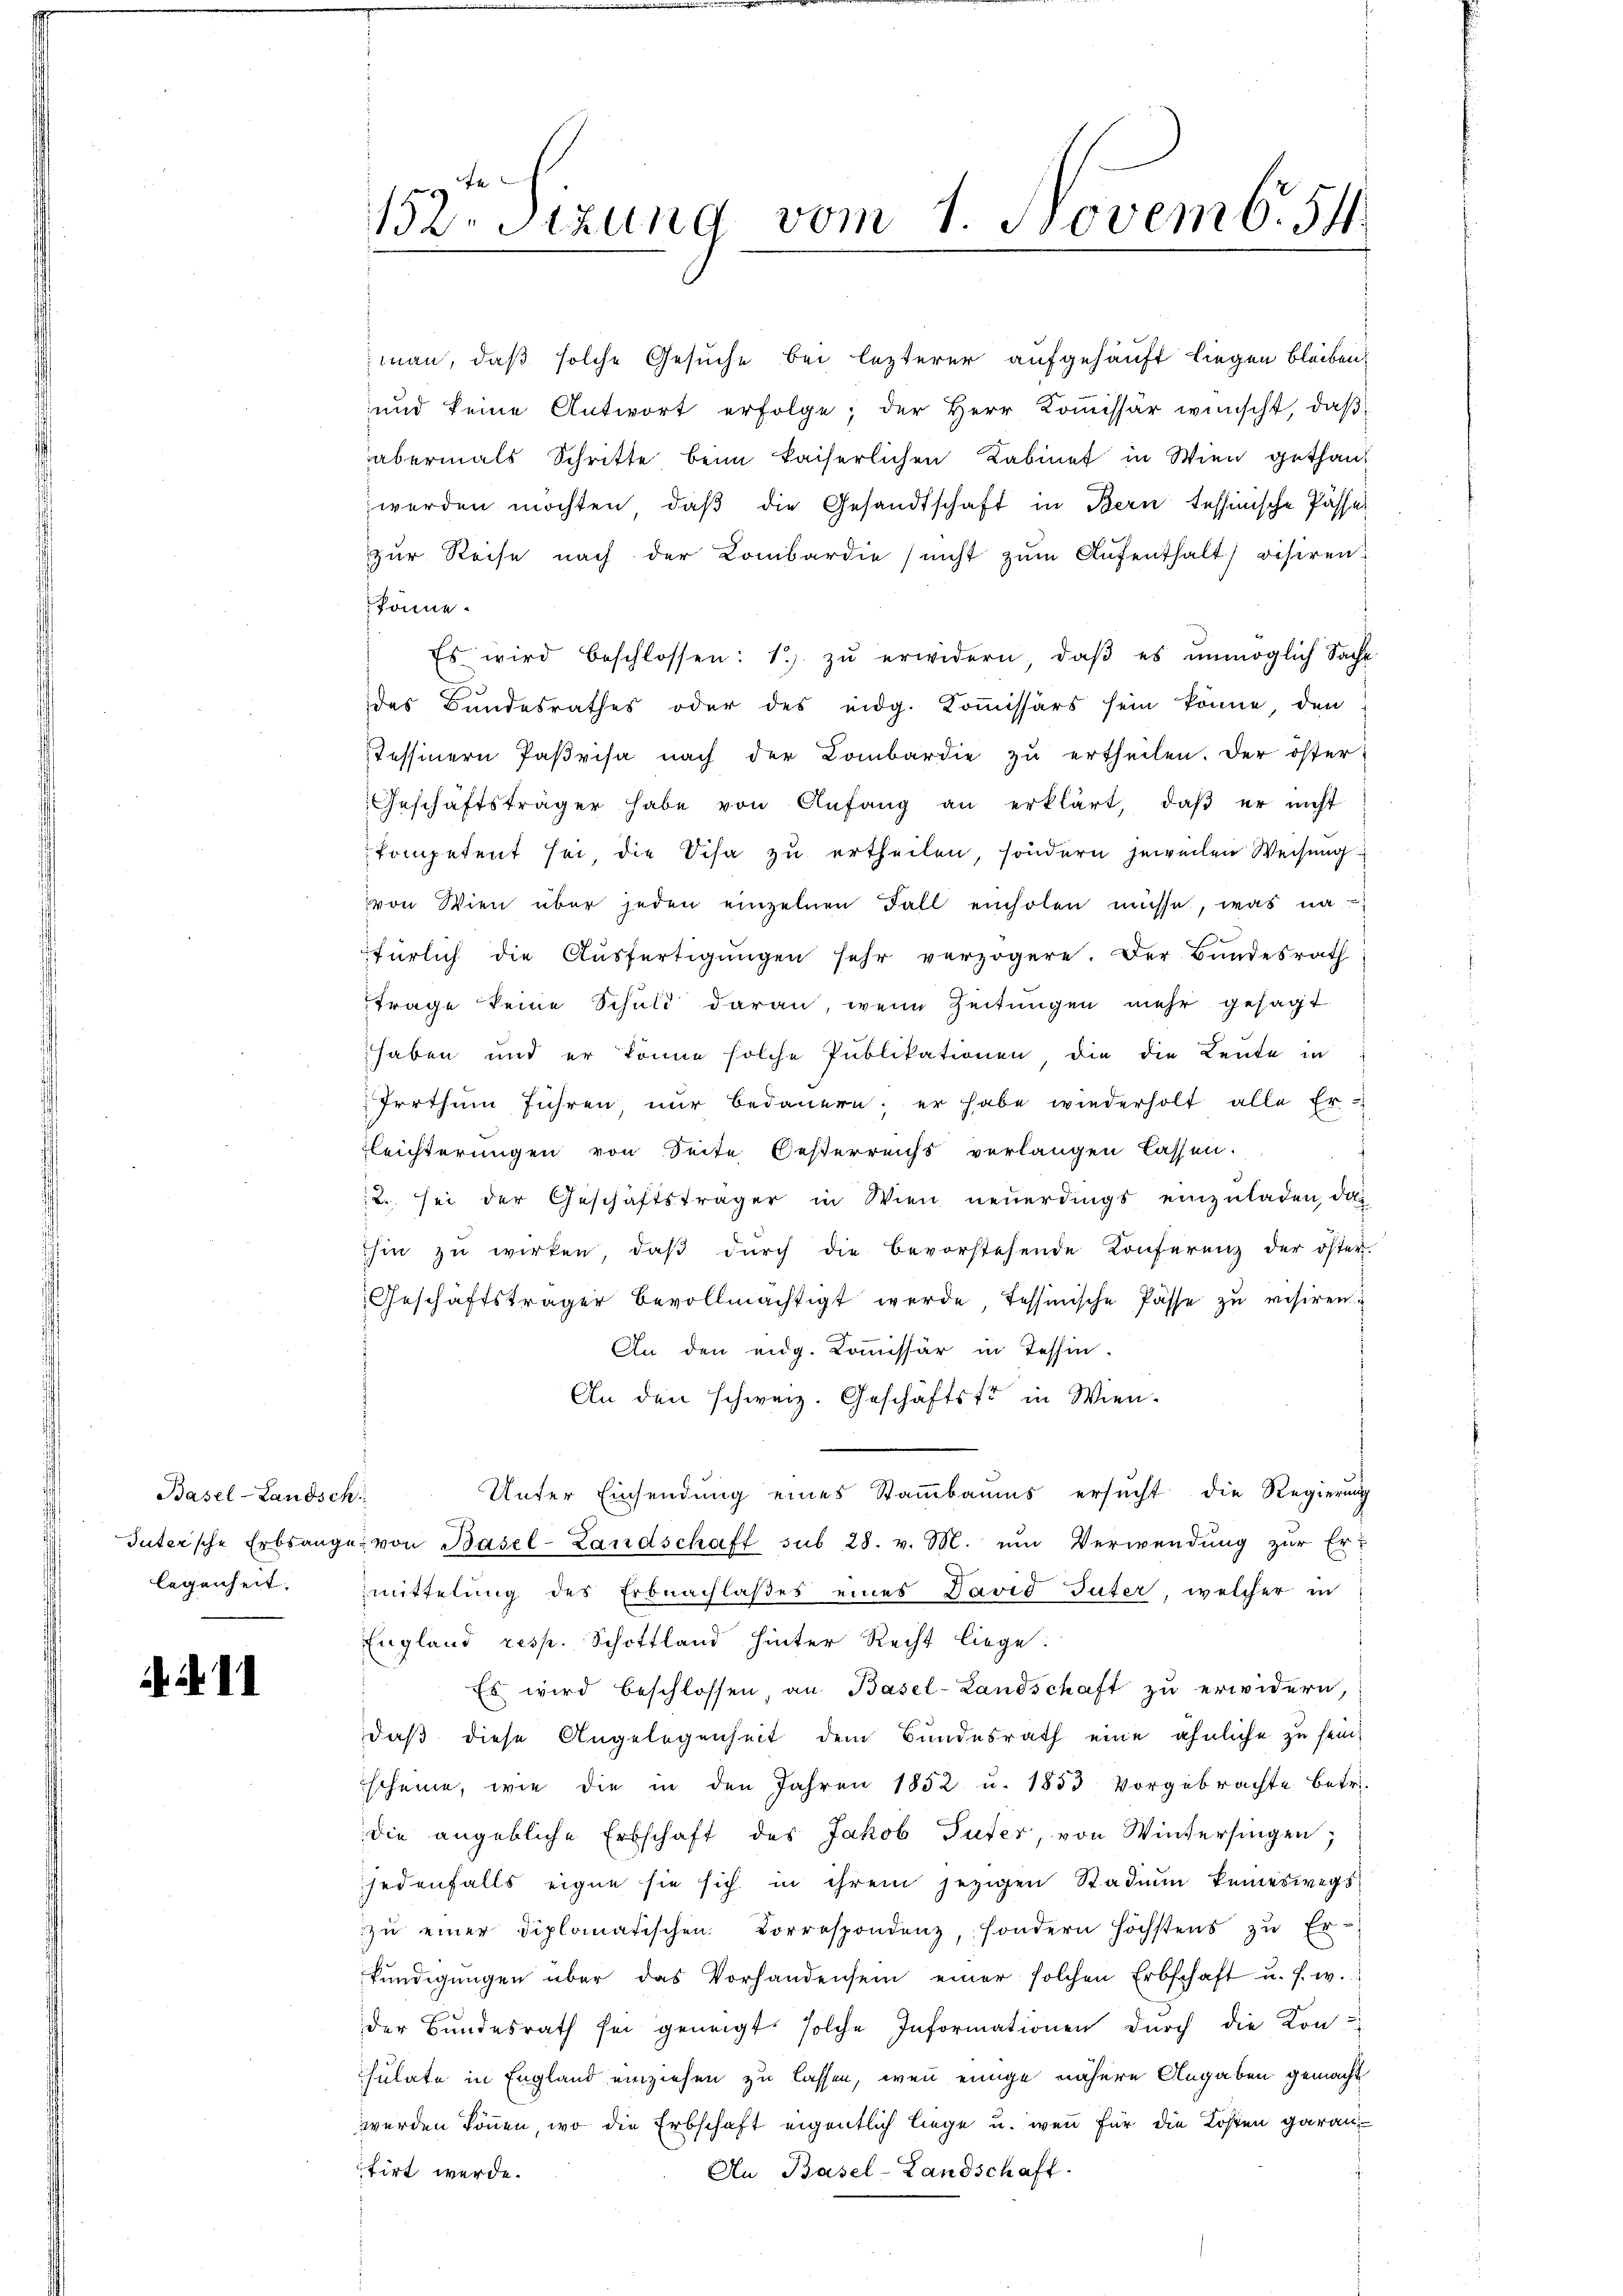
Basel-Landsch

11

152 Sizung vom 1. Novemb. 54

man, daß solche Gesuche bei lezterer aufgehäuft liegen bleiben,
und keine Antwort erfolge; der Herr Kommissär wünscht, daß
abermals Schritte beim kaiserlichen Kabinet in Wien gethan
werden möchten, daβ die Gesandtschaft in Bern tessinische Pässer
zŭr Reise nach der Kombardie nicht zŭm Aŭfenthalt visiren
könne.
Es wird beschlossen: 1) zŭ erwidern, daβ es unmöglich Sache
des Bundesrathes oder des eidg. Kommissärs sein könne, den
Tessinern Parisa nach der Kombardie zu ertheilen. Der öster
Geschäftsträger habe von Anfang an erklärt, daß er nicht
kompetent sei, die Scha zu ertheilen, sondern jeweilen Weisung
von Wien über jeden einzelnen Fall einholen müsse, was na
fürlich die Aŭsfertigŭngen sehr verzögere. Der Bundesrath
trage keine Schuld daran, wenn Zeitungen mehr gesagt
haben und er könne solche Publikationen, die die Leute in
Irrthum führen nur bedauern; er habe wiederholt alle Er-
leichterungen von Seite Oesterreichs verlangen lassen.
2. sei der Geschäftsträger in Wien neuerdings einzuladen, das
hin zŭ wirken, daβ dŭrch die bevorstehende Konferenz der öster-
Geschäftsträger bevollmächtigt werde, tessinische Pässe zu visiren.
An den eidg. Kommissär in Tessin.
An den schweiz. Geschäftstr in Wien.
Unter Einsendung eines Stammbaums ersucht die Regierung
Sutersche Erbsange von Basel-Landschaft sub 28. v. M. um Verwendŭng zŭr Er-
legenheit. mittelung des Erbnachlaßes eines David Tuter, welcher in
England resp. Schottland hinter Recht liege.
Es wird beschlossen, an Basel-Landschaft zu erwidern,
daß diese Angelegenheit dem Bundesrath eine ähnliche zu sein,
scheine, wie die in den Jahren 1852 u. 1853 vorgebrachte betr.
die angebliche Erbschaft des Jakob Suter, von Wintersingen;
jedenfalls eigne sie sich in ihrem jetzigen Stadin keineswegs
zŭ einer diplomatischen Correspondenz, sondern höchstens zŭ Er-
kündigŭngen über das Vorhandensein einer solchen Erbschaft u. s. w.
der Bundesrath sei geneigt solche Informationen durch die Kon-
Thulate in England einziehen zu lassen, wenn einige nähere Angaben gemacht
werden können, wo die Erbschaft eigentlich liege u. wenn für die Kosten garan
tirt werde.
An Basel-Landschaft.